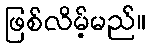
ဖြစ်လိမ့်မည်။